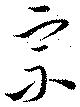
宗